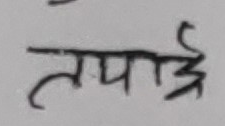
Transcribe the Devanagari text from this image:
तपाईं